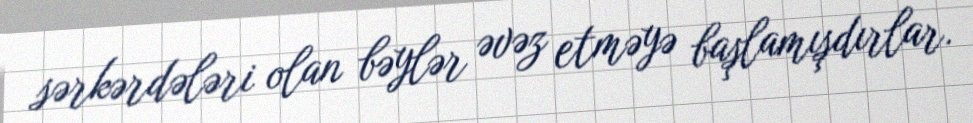
sərkərdələri olan bəylər əvəz etməyə başlamışdırlar.